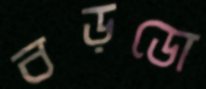
বড়ডো